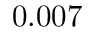
0 . 0 0 7